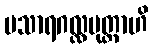
မသာရဂလ္လမုတ္တာဟိ